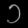
Digit: ၁